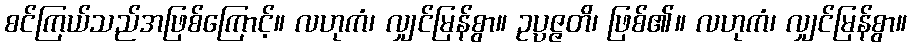
စင်ကြယ်သည်အဖြစ်ကြောင့်။ လဟုကံ၊ လျှင်မြန်စွာ။ ဥပ္ပဇ္ဇတိ၊ ဖြစ်၏။ လဟုကံ၊ လျှင်မြန်စွာ။